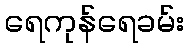
ရေကုန်ရေခမ်း